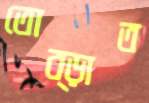
তোব্‌ড়াত